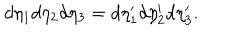
d \eta _ { 1 } d \eta _ { 2 } d \eta _ { 3 } = d \eta _ { 1 } ^ { \prime } d \eta _ { 2 } ^ { \prime } d \eta _ { 3 } ^ { \prime } .